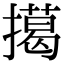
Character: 擖